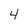
Character: 4